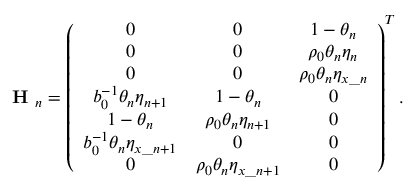
\textbf { H } _ { n } = \left( \begin{array} { c c c } { 0 } & { 0 } & { 1 - \theta _ { n } } \\ { 0 } & { 0 } & { \rho _ { 0 } \theta _ { n } \eta _ { n } } \\ { 0 } & { 0 } & { \rho _ { 0 } \theta _ { n } \eta _ { x \_ n } } \\ { b _ { 0 } ^ { - 1 } \theta _ { n } \eta _ { n + 1 } } & { 1 - \theta _ { n } } & { 0 } \\ { 1 - \theta _ { n } } & { \rho _ { 0 } \theta _ { n } \eta _ { n + 1 } } & { 0 } \\ { b _ { 0 } ^ { - 1 } \theta _ { n } \eta _ { x \_ { n + 1 } } } & { 0 } & { 0 } \\ { 0 } & { \rho _ { 0 } \theta _ { n } \eta _ { x \_ { n + 1 } } } & { 0 } \end{array} \right) ^ { T } .